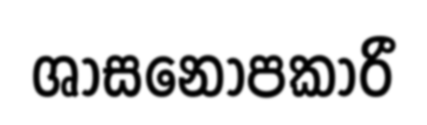
ශාසනොපකාරී